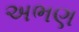
અભણ